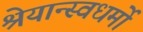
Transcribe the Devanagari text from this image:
श्रेयान्स्वधर्मो